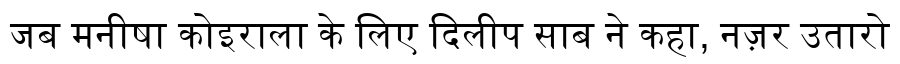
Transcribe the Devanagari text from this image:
जब मनीषा कोइराला के लिए दिलीप साब ने कहा, नज़र उतारो